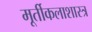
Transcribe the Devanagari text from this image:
मूर्तीकलाशास्त्र